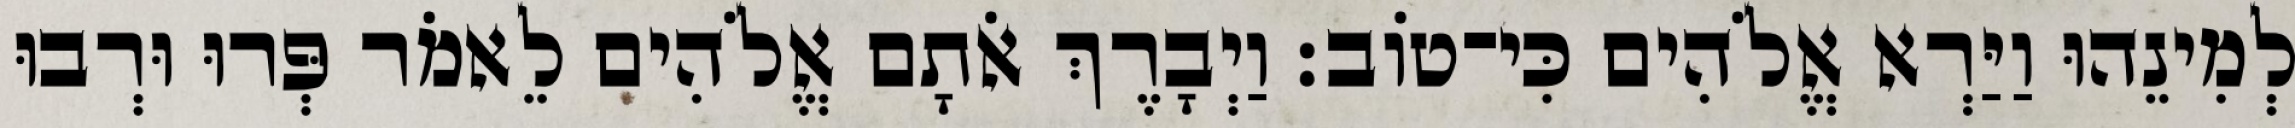
לְמִינֵהוּ וַיַּרְא אֱלֹהִים כִּי־טֹוב׃ וַיְבָרֶךְ אֹתָם אֱלֹהִים לֵאמֹר פְּרוּ וּרְבוּ